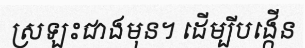
ស្រឡះជាងមុន។ ដើម្បីបង្កើន